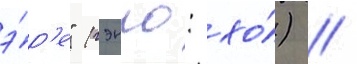
э́р'е" (гэнго: хо́) /